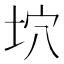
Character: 坹